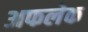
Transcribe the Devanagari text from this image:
अफलेक